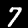
Digit: 7